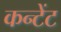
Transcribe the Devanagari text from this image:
कन्टेंट